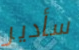
سأدير